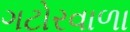
ગટોરવાળા